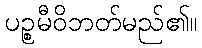
ပဉ္စမီဝိဘတ်မည်၏။